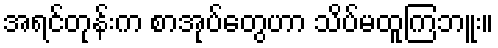
အရင်တုန်းက စာအုပ်တွေဟာ သိပ်မထူကြဘူး။